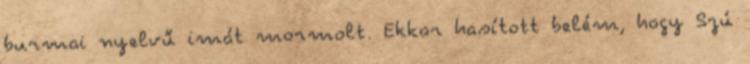
burmai nyelvű imát mormolt. Ekkor hasított belém, hogy Szú